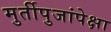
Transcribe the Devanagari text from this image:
मुर्तीपुजांपेक्षा